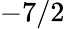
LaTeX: -7/2